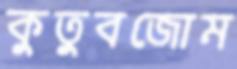
কুতুবজোম